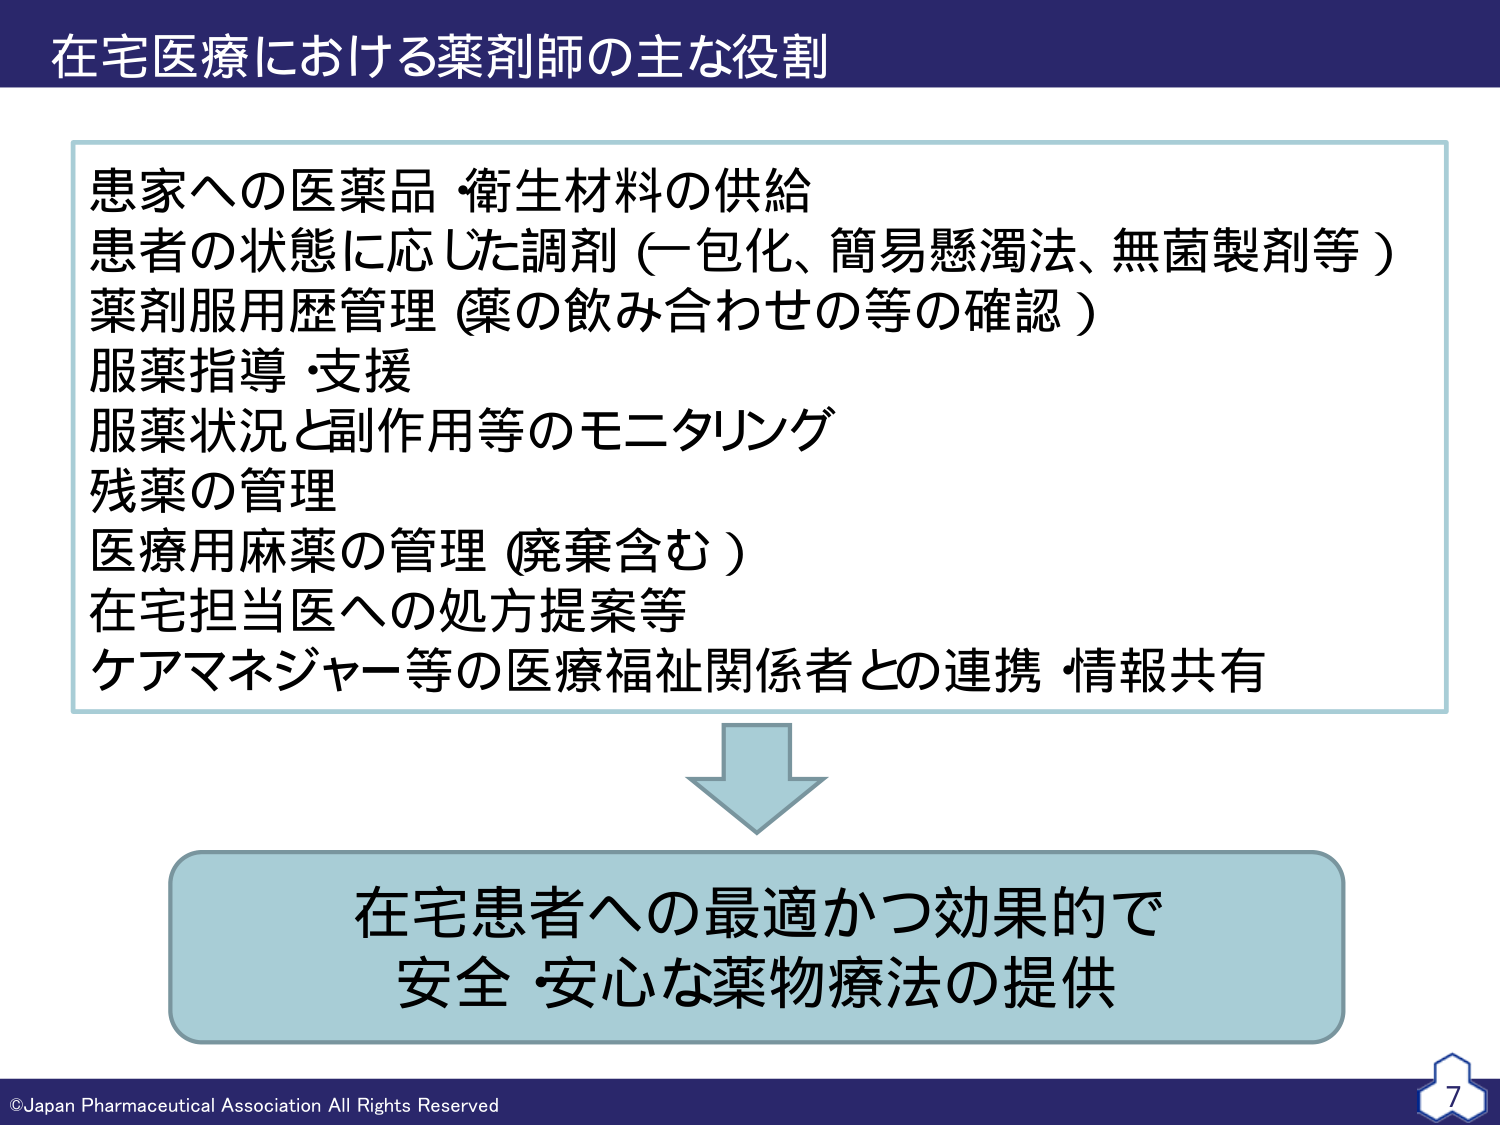
在宅医療における薬剤師の主な役割

患家への医薬品・衛生材料の供給
患者の状態に応じた調剤（一包化、簡易懸濁法、無菌製剤等）
薬剤服用歴管理（薬の飲み合わせの等の確認）
服薬指導・支援
服薬状況と副作用等のモニタリング
残薬の管理
医療用麻薬の管理（廃棄含む）
在宅担当医への処方提案等
ケアマネジャー等の医療福祉関係者との連携・情報共有

在宅患者への最適かつ効果的で
安全・安心な薬物療法の提供

©Japan Pharmaceutical Association All Rights Reserved
7